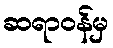
ဆရာဝန်မှ